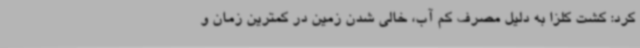
کرد: کشت کلزا به دلیل مصرف کم آب، خالی شدن زمین در کمترین زمان و